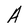
Character: A